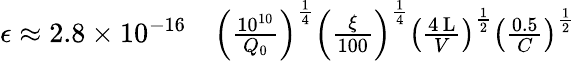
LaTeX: \begin{array}{rl}{\epsilon\approx 2.8\times 10^{-16}}&{{}\left(\frac{10^{10}}{Q_{0}}\right)^{\frac{1}{4}}\left(\frac{\xi}{100}\right)^{\frac{1}{4}}\left(\frac{4\, \textrm{L}}{V}\right)^{\frac{1}{2}}\left(\frac{0.5}{C}\right)^{\frac{1}{2}}}\end{array}